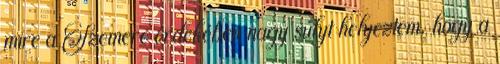
mire a Szemere érdekében nagy súlyt helyeztem, hogy a